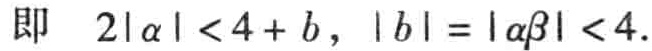
即 \(2|\alpha|<4 + b\)，\(|b| = |\alpha\beta|<4\)。